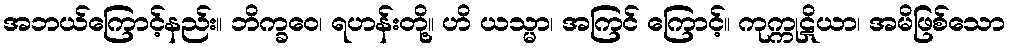
အဘယ်ကြောင့်နည်း။ ဘိက္ခဝေ၊ ရဟန်းတို့။ ဟိ ယသ္မာ၊ အကြင် ကြောင့်။ ကုက္ကုဋိယာ၊ အမိဖြစ်သော